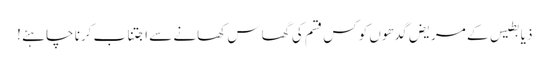
ذیابطیس کے مریض گدھوں کو کس قسم کی گھاس کھانے سے اجتناب کرنا چاہئے !